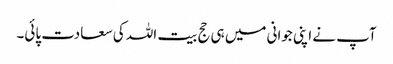
آپ نے اپنی جوانی میں ہی حج بیت اللہ کی سعادت پائی۔